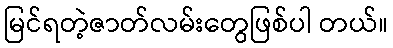
မြင်ရတဲ့ဇာတ်လမ်းတွေဖြစ်ပါ တယ်။